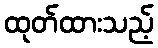
ထုတ်ထားသည့်